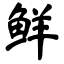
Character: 鲜